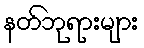
နတ်ဘုရားများ